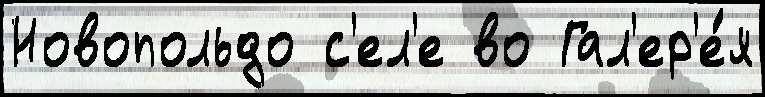
Новопольдо с'ел'е во Гал'ер'е́я